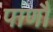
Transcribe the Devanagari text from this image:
पाणौ